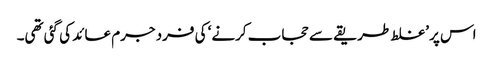
اس پر ’غلط طریقے سے حجاب کرنے‘ کی فرد جرم عائد کی گئی تھی۔